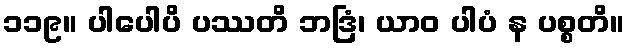
၁၁၉။ ပါပေါပိ ပဿတိ ဘဒြံ၊ ယာဝ ပါပံ န ပစ္စတိ။